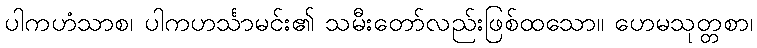
ပါကဟံသာစ၊ ပါကဟင်္သာမင်း၏ သမီးတော်လည်းဖြစ်ထသော။ ဟေမသုတ္တစာ၊